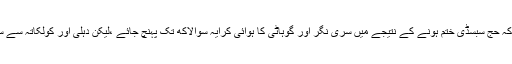
سبسڈی ختم ہونے سے کچھ جگہوںکا کرایہ ہوگا مہنگا:مختارعباس نقوی نے مطلع کیا کہ حج سبسڈی ختم ہونے کے نتیجے میں سری نگر اور گوہاٹی کا ہوائی کرایہ سوالاکھ تک پہنچ جائے ،لیکن دہلی اور کولکاتہ سے سفر کرنے کی وجہ سے کرایہ میں تقریباً 30-35ہزار روپے کی رعایت حاصل ہوگی ۔